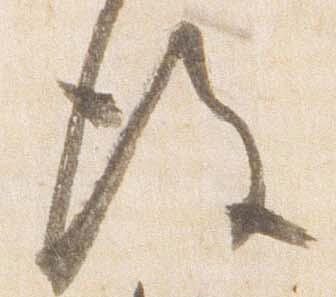
後